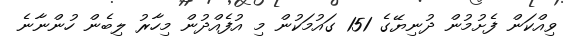
ވިއްކަން ފެށުމުން ދުނިޔޭގެ 151 ގައުމަކުން މި އުފެއްދުން މިހާރު ލިބެން ހުންނާނެ